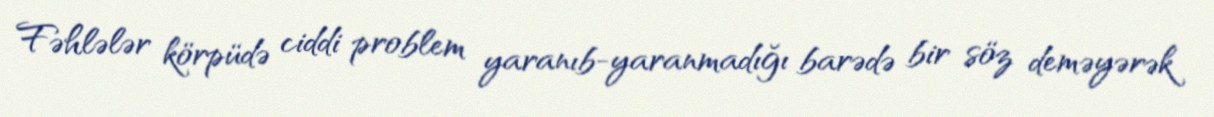
Fəhlələr körpüdə ciddi problem yaranıb-yaranmadığı barədə bir söz deməyərək